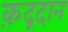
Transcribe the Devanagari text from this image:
क़द्रदान